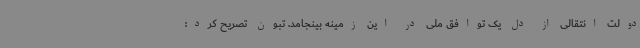
دولت انتقالی از دل یک توافق ملی در این زمینه بینجامد. تبون تصریح کرد: